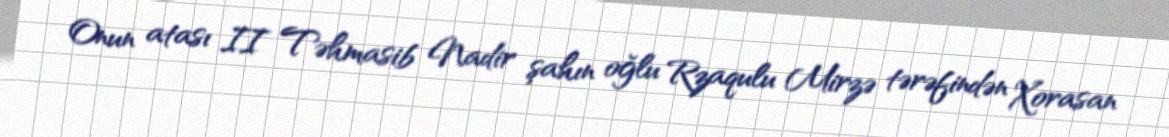
Onun atası II Təhmasib Nadir şahın oğlu Rzaqulu Mirzə tərəfindən Xorasan